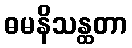
ဓမနိသန္ထတာ